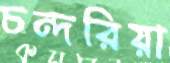
চন্দরিয়া